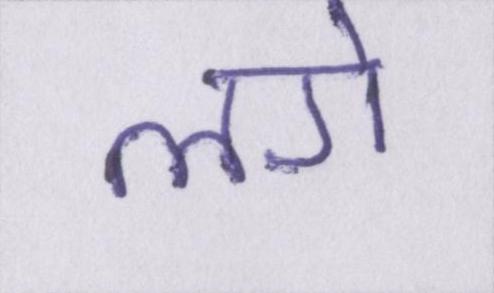
लगे